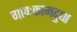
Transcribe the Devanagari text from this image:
गावःकामदुधा